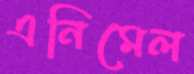
এনিমেল